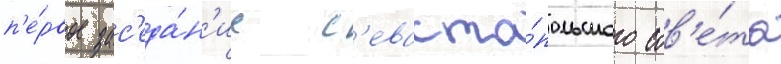
п'е́рвое зас'еда́н'ие с'евасто́польского сов'е́та